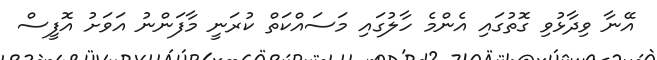
އޭނާ ވިދާޅުވި ގޮތުގައި އެންމެ ހާލުގައި މަސައްކަތް ކުރަނީ މާފަންނު އަވަށު އޮފީސް